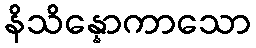
နိသိန္နောကာသော